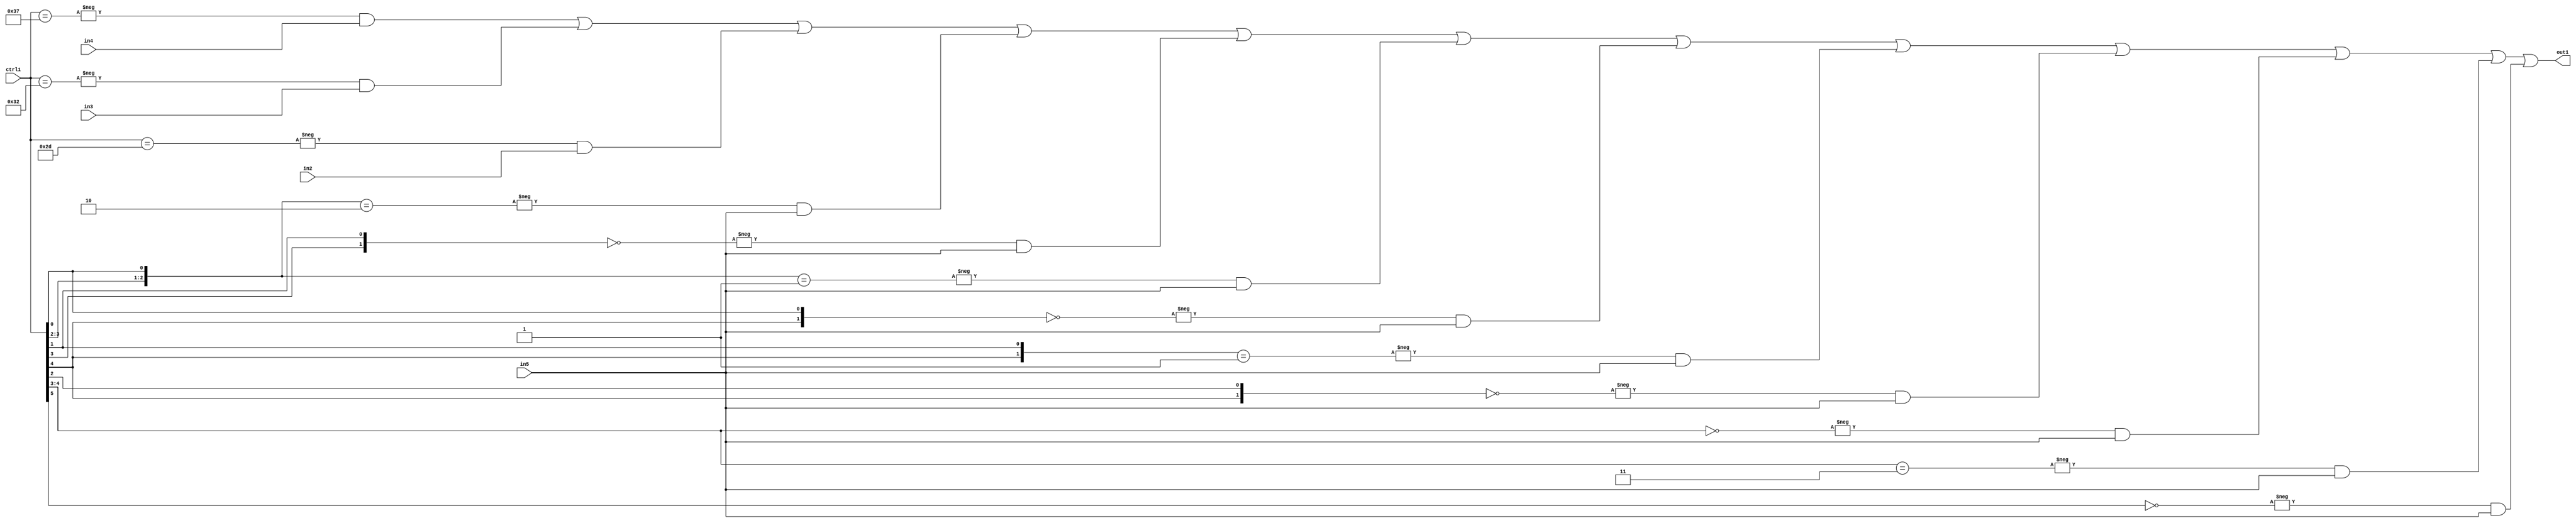
`timescale 1ps / 1ps
/*****************************************************************************
    Verilog RTL Description
    
    
    Created by: Stratus DpOpt 21.05.01 
*******************************************************************************/

module SobelFilter_N_Mux_32_4_46_4 (
	in5,
	in4,
	in3,
	in2,
	ctrl1,
	out1
	); /* architecture "behavioural" */ 
input [31:0] in5;
input [8:0] in4,
	in3,
	in2;
input [5:0] ctrl1;
output [31:0] out1;
wire [31:0] asc001;

assign asc001 = 
	-{ctrl1 == 6'B110111} & in4 |
	-{ctrl1 == 6'B110010} & in3 |
	-{ctrl1 == 6'B101101} & in2 |
	-{{ctrl1[3:2], ctrl1[0]} == 3'B010} & in5 |
	-{{ctrl1[3], ctrl1[1]} == 2'B00} & in5 |
	-{{ctrl1[3:2], ctrl1[0]} == 3'B001} & in5 |
	-{{ctrl1[4], ctrl1[0]} == 2'B00} & in5 |
	-{{ctrl1[4], ctrl1[1]} == 2'B01} & in5 |
	-{{ctrl1[4], ctrl1[2]} == 2'B00} & in5 |
	-{ctrl1[4:3] == 2'B00} & in5 |
	-{ctrl1[4:3] == 2'B11} & in5 |
	-{ctrl1[5] == 1'B0} & in5 ;

assign out1 = asc001;
endmodule

/* CADENCE  vbj5TQg= : u9/ySxbfrwZIxEzHVQQV8Q== ** DO NOT EDIT THIS LINE ******/